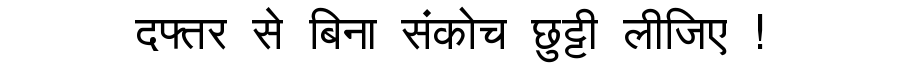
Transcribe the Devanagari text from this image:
दफ्तर से बिना संकोच छुट्टी लीजिए !